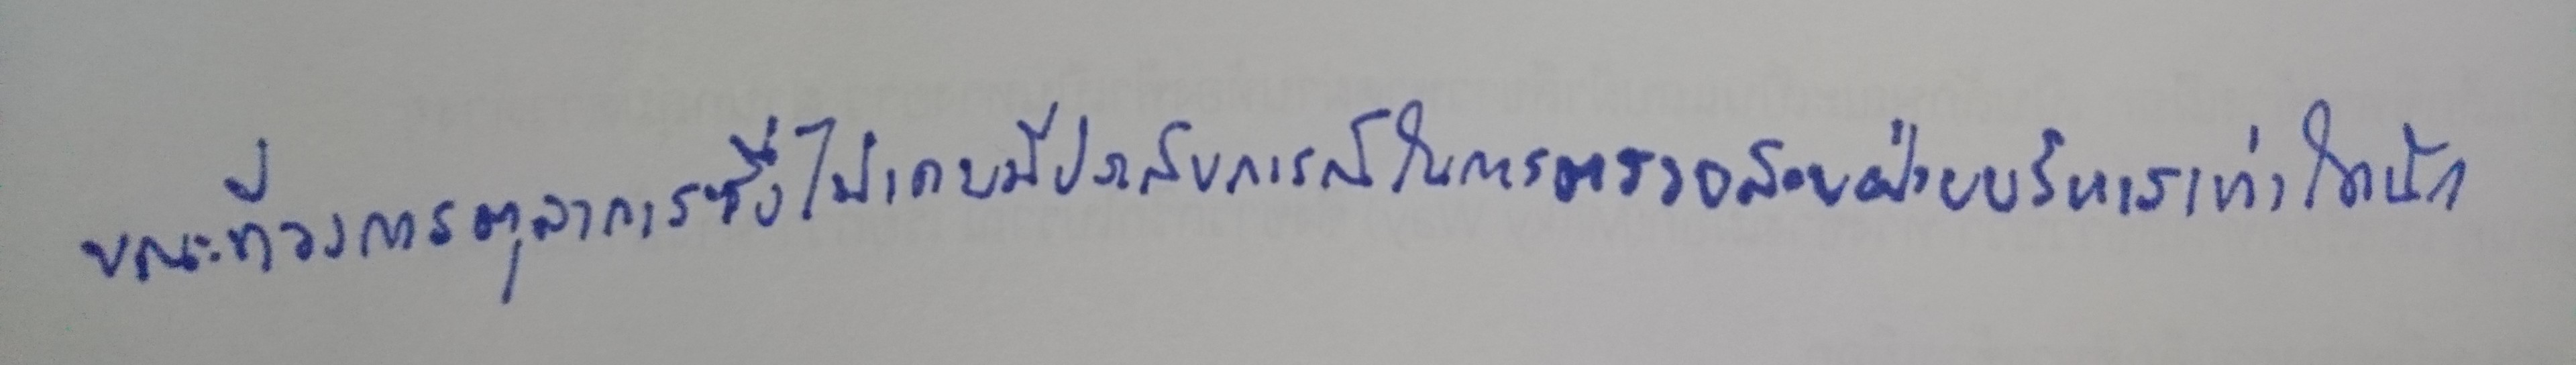
ขณะที่วงการตุลาการซึ่งไม่เคยมีประสบการณ์ในการตรวจสอบฝ่ายบริหารเท่าใดนัก